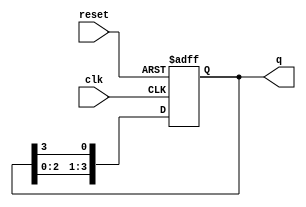
module binary_ring_counter (
    input wire clk,        // Clock input
    input wire reset,      // Reset input
    output reg [N-1:0] q   // Output of the counter
);
    parameter N = 4;       // Number of flip-flops (change as needed)

    // Initial state
    initial begin
        q = 1'b1;          // Initialize the counter with a single '1'
    end

    // Sequential logic for the ring counter
    always @(posedge clk or posedge reset) begin
        if (reset) begin
            q <= 1'b1;      // Reset the counter to initial state
        end else begin
            q <= {q[N-2:0], q[N-1]}; // Shift the '1' to the next flip-flop
        end
    end
endmodule